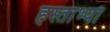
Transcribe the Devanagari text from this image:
हस्ताभ्याँ